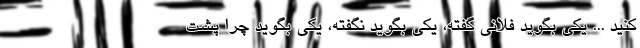
کنید ... یکی بگوید فلانی گفته، یکی بگوید نگفته، یکی بگوید چرا پشت